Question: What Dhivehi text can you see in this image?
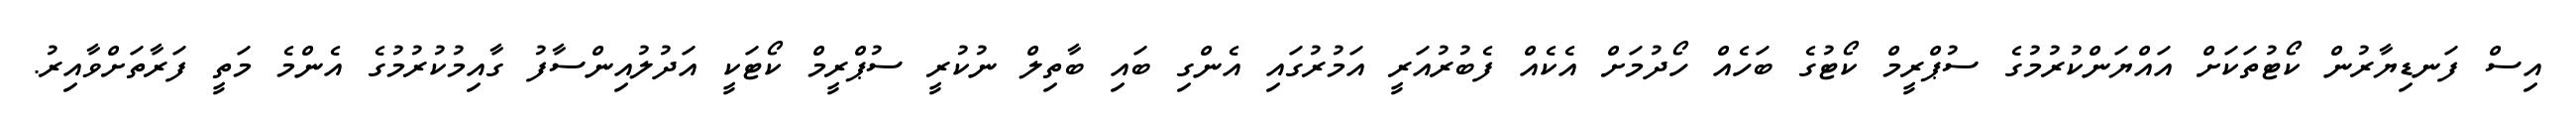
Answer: އިސް ފަނޑިޔާރުން ކޯޓުތަކަށް އައްޔަންކުރުމުގެ ސުޕްރީމް ކޯޓުގެ ބަހެއް ހޯދުމަށް އެކެއް ފެބުރުއަރީ އަމުރުގައި އެންގި ބައި ބާތިލް ނުކުރީ ސުޕްރީމް ކޯޓަކީ އަދުލުއިންސާފު ގާއިމުކުރުމުގެ އެންމެ މަތީ ފަރާތަށްވާއިރު.